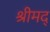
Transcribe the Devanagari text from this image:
श्रीमद्‍